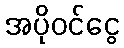
အပိုဝင်ငွေ